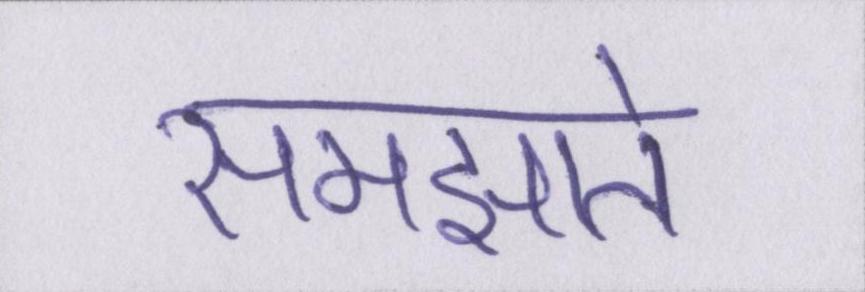
समझाते